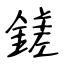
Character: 鎈